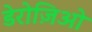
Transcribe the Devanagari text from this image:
डेरोज़िओ